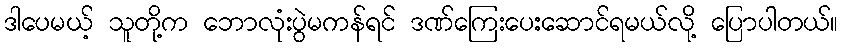
ဒါပေမယ့် သူတို့က ဘောလုံးပွဲမကန်ရင် ဒဏ်ကြေးပေးဆောင်ရမယ်လို့ ပြောပါတယ်။